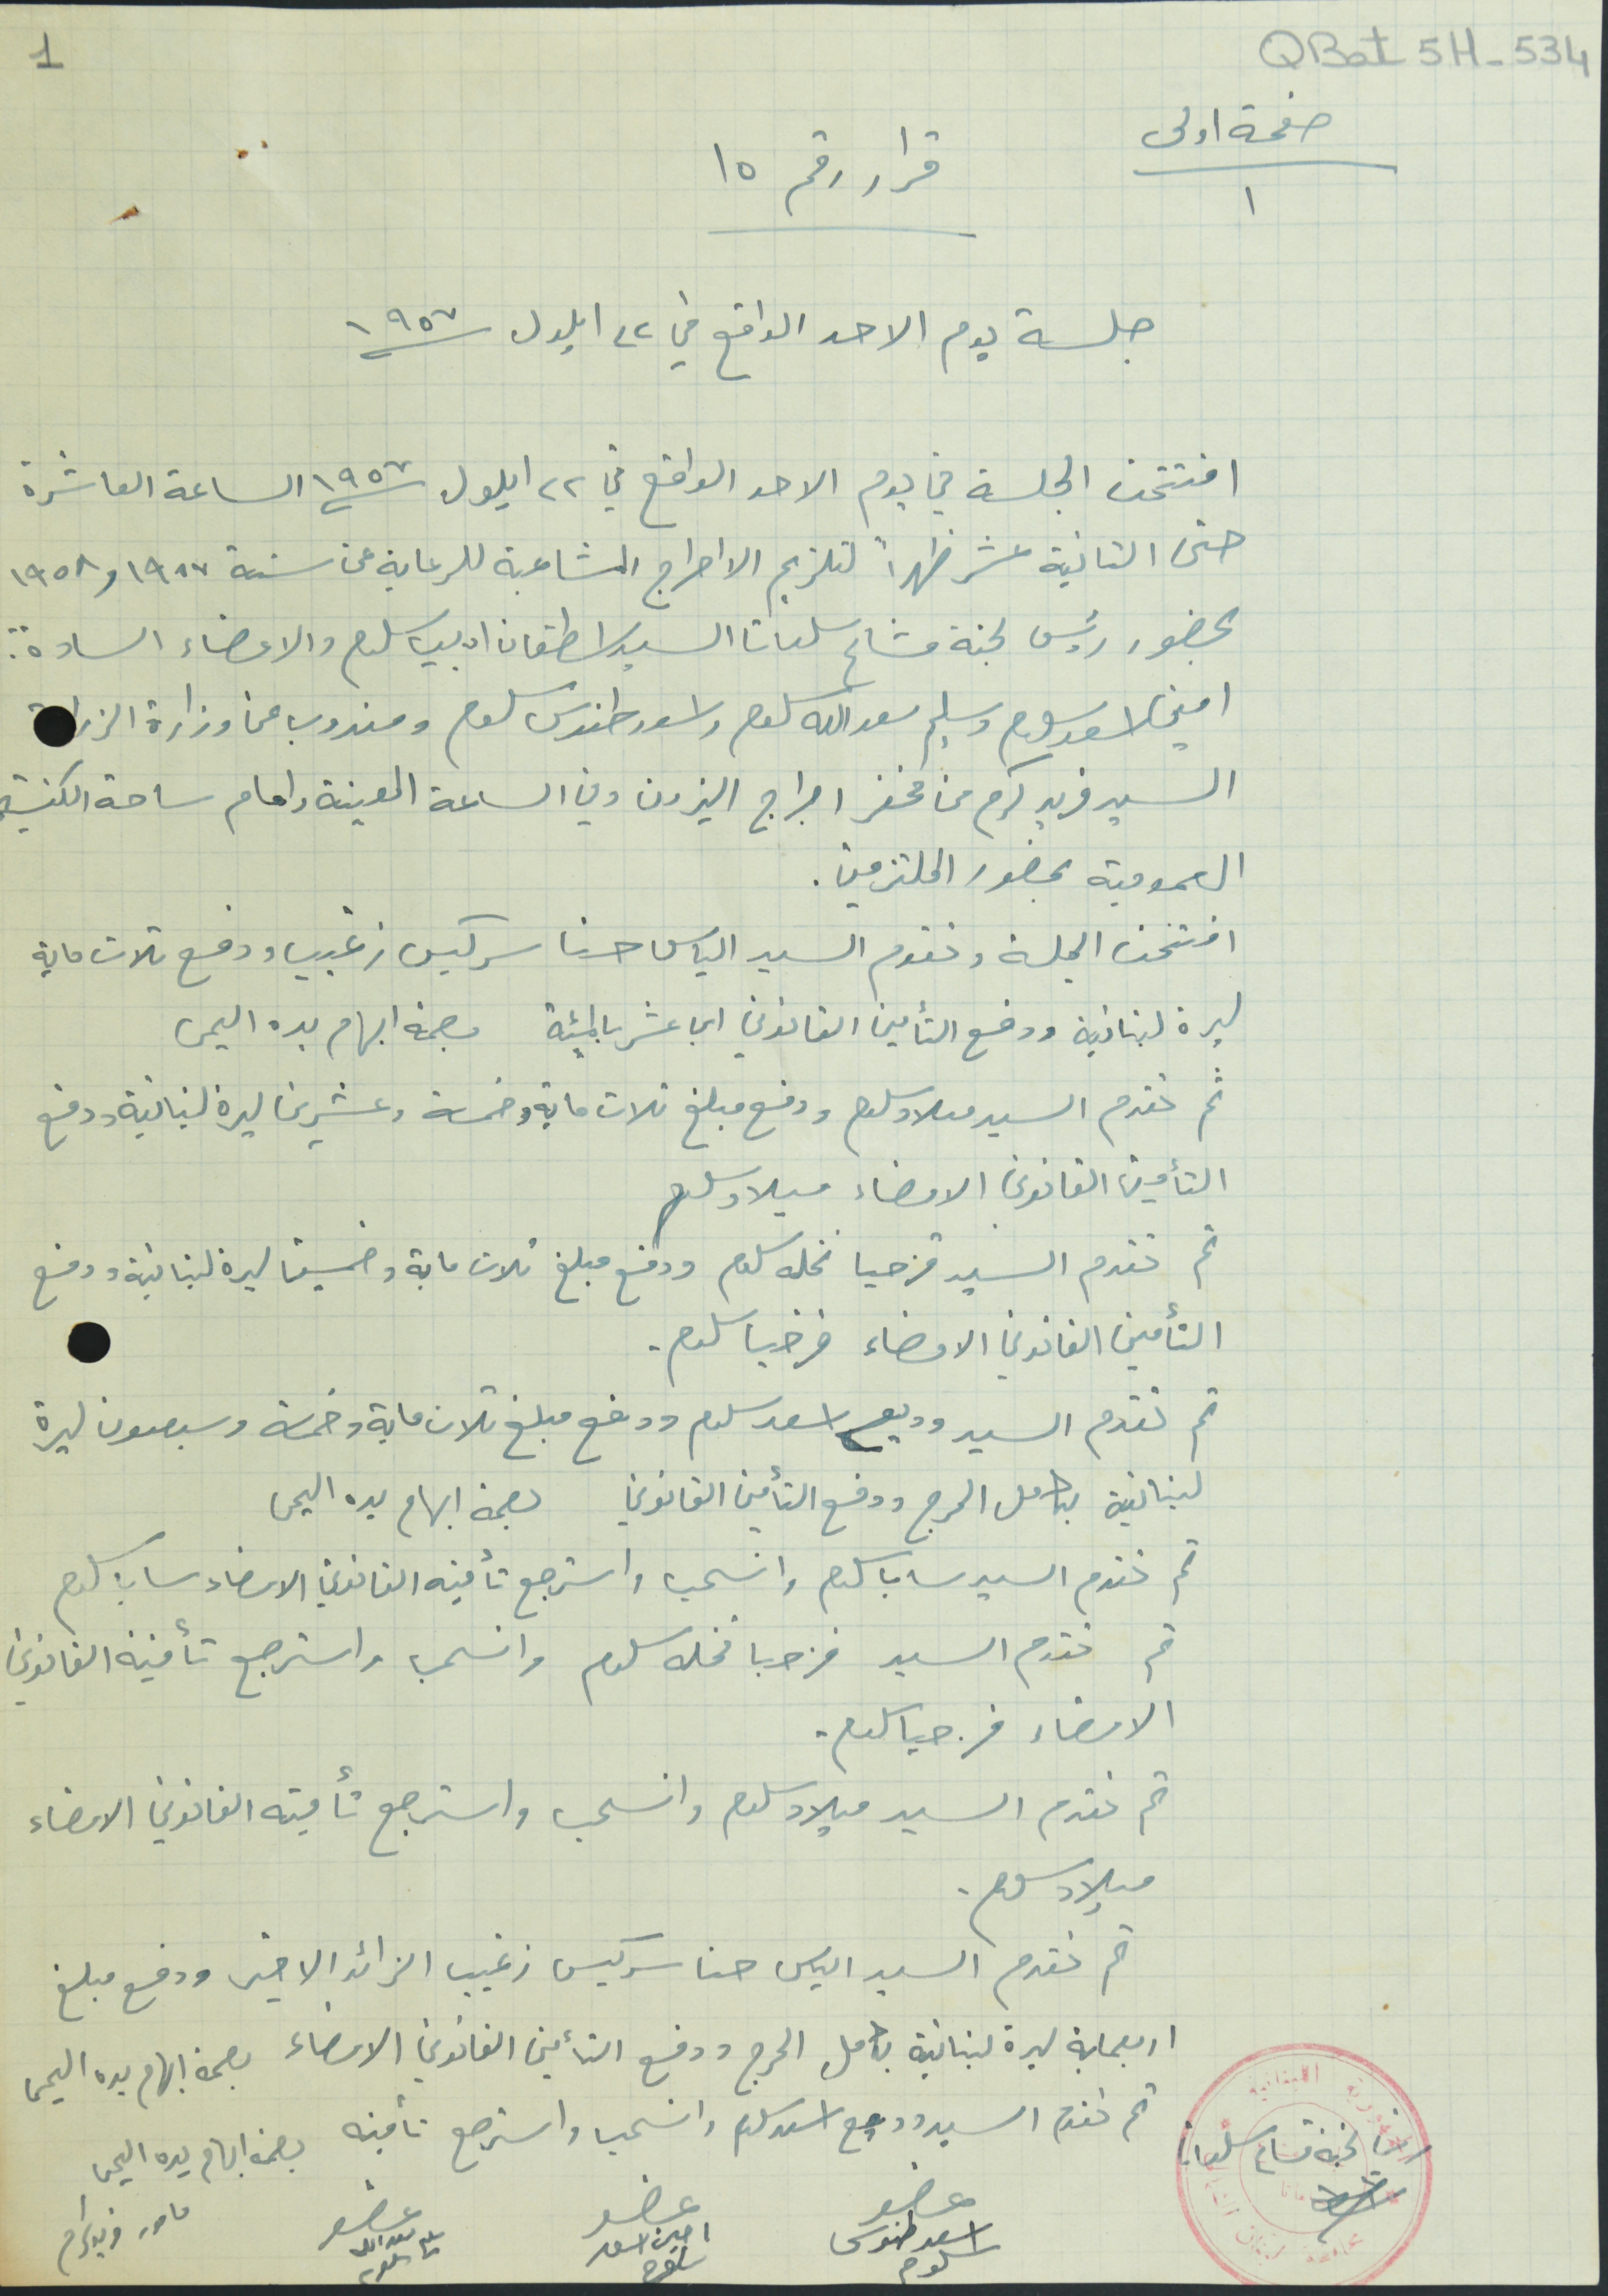
QBat5H-534
صفحة اولى/١           قرار رقم ١٥
جلسة يوم الاحد الواقع في ٢٢ ايلول ١٩٥٧
افتتحت الجلسة في يوم الاحد الواقع فيه ٢٢ ايلول ١٩٥٧ الساعة العاشرة
حتى الثانية عشر ظهراً لتلزيم الاحراج المشاعبة للرعاية عن سنة ١٩٥٧ و ١٩٥٨
بحضور رئيس لجنة مشاع سلعاتا السيد اسطفان اديب سلوم والاعضاء السادة
امين اسعد سلوم وسليم سعدالله سلوم واسعد طنوس سلوم ومندوب عن وزارة الزراعة
السيد فريد كرم من مخفر احراج البترون وفي الساعة المعينة وامام ساحة الكنيسة
العمومية بحضور الملتزمين.
افتتحت الجلسة وتقدم السيد الياس حنا سركيس زغيب ودفع تلات ماية
ليرة لبنانية ودفع التأمين القانوني اي عشر بالمئة بصمة ابهام يده اليمنى
ثم تقدم السيد ميلاد سلوم ودفع مبلغ تلات ماية وخمسة وعشرين ليرة لبنانية ودفع
التأمين القانوني الامضاء ميلاد سلوم
ثم تقدم السيد قزحيا نخله سلوم ودفع مبلغ تلات ماية وخمسين ليرة لبنانية ودفع
التأمين القانوني الامضاء قزحيا سلوم.
ثم تقدم السيد وديع اسعد سلوم ودفع مبلغ تلات ماية وخمسة وسبعون ليرة
لبنانية بكامل الحرج ودفع التأمين القانوني بصمة ابهام يده اليمنى
ثم تقدم السيد سابا سلوم وانسحب واسترجع تأمينه القانوني الامضاء سابا سلوم
ثم تقدم السيد قزحيا نخله سلوم وانسحب واسترجع تأمينه القانوني
الامضاء قزحيا سلوم.
ثم تقدم السيد ميلاد سلوم وانسحب واسترجع تأمينه القانوني الامضاء
ميلاد سلوم.
ثم تقدم الياس حنا سركيس زغيب الزائد الاخير ودفع مبلغ
اربعماية ليرة لبنانية بكامل الحرج ودفع التأمين القانوني الامضاء بصمة ابهام يده اليمنى
ثم تقدم السيد وديع اسعد سلوم وانسحب واسترجع تأمينه بصمة ابهام يده اليمنى
عضو اسعد طنوس سلوم عضو امين اسعد سلوم عضو سليم سعدالله سلوم مامور فريد كرم
رئيس لجنة مشاع سلعاتا